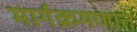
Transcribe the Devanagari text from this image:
मार्गक्रमणात